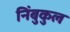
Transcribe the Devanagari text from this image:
निंबुकुल